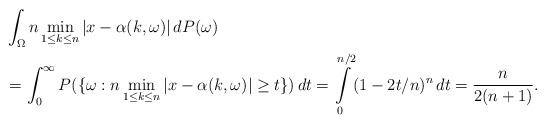
LaTeX: \begin{align*}&\int_{\Omega} n\min\limits_{1\le k \le n} |x - \alpha(k,\omega)|\, dP(\omega)\\& =\int_0^\infty P(\{\omega: n\min\limits_{1\le k \le n} |x - \alpha(k,\omega)| \ge t\}) \, dt= \int\limits_0^{n/2} (1 - 2t/n)^n \, dt= \frac n{2(n+1)}.\end{align*}